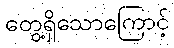
တွေ့ရှိသောကြောင့်